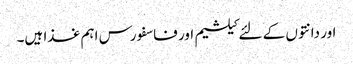
اور دانتوں کے لئے کیلشیم اور فاسفورس اہم غذا ہیں۔